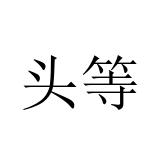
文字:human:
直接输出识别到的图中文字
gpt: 头等